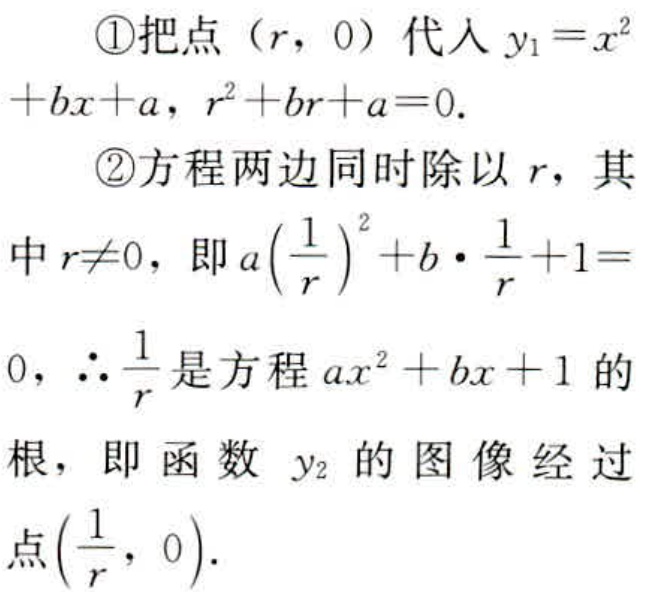
\textcircled{1}把点\((r,0)\)代入\(y_{1}=x^{2}+bx + a\)，\(r^{2}+br + a = 0\).
\textcircled{2}方程两边同时除以\(r\)，其中\(r\neq0\)，即\(a\left(\dfrac{1}{r}\right)^{2}+b\cdot\dfrac{1}{r}+1 = 0\)，\(\therefore\dfrac{1}{r}\)是方程\(ax^{2}+bx + 1\)的根，即函数\(y_{2}\)的图像经过点\(\left(\dfrac{1}{r},0\right)\).